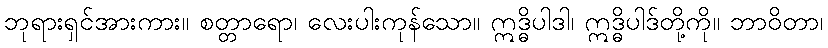
ဘုရားရှင်အားကား။ စတ္တာရော၊ လေးပါးကုန်သော။ ဣဒ္ဓိပါဒါ၊ ဣဒ္ဓိပါဒ်တို့ကို။ ဘာဝိတာ၊